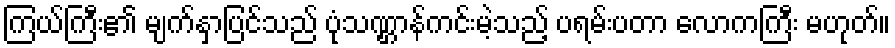
ကြယ်ကြီး၏ မျက်နှာပြင်သည် ပုံသဏ္ဌာန်ကင်းမဲ့သည့် ပရမ်းပတာ လောကကြီး မဟုတ်။